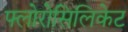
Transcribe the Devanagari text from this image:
फ्लोरोसिलिकेट